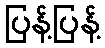
ပြန့်ပြန့်